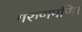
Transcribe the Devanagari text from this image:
गरुणमणि।